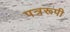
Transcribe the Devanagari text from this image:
पत्ररूपी